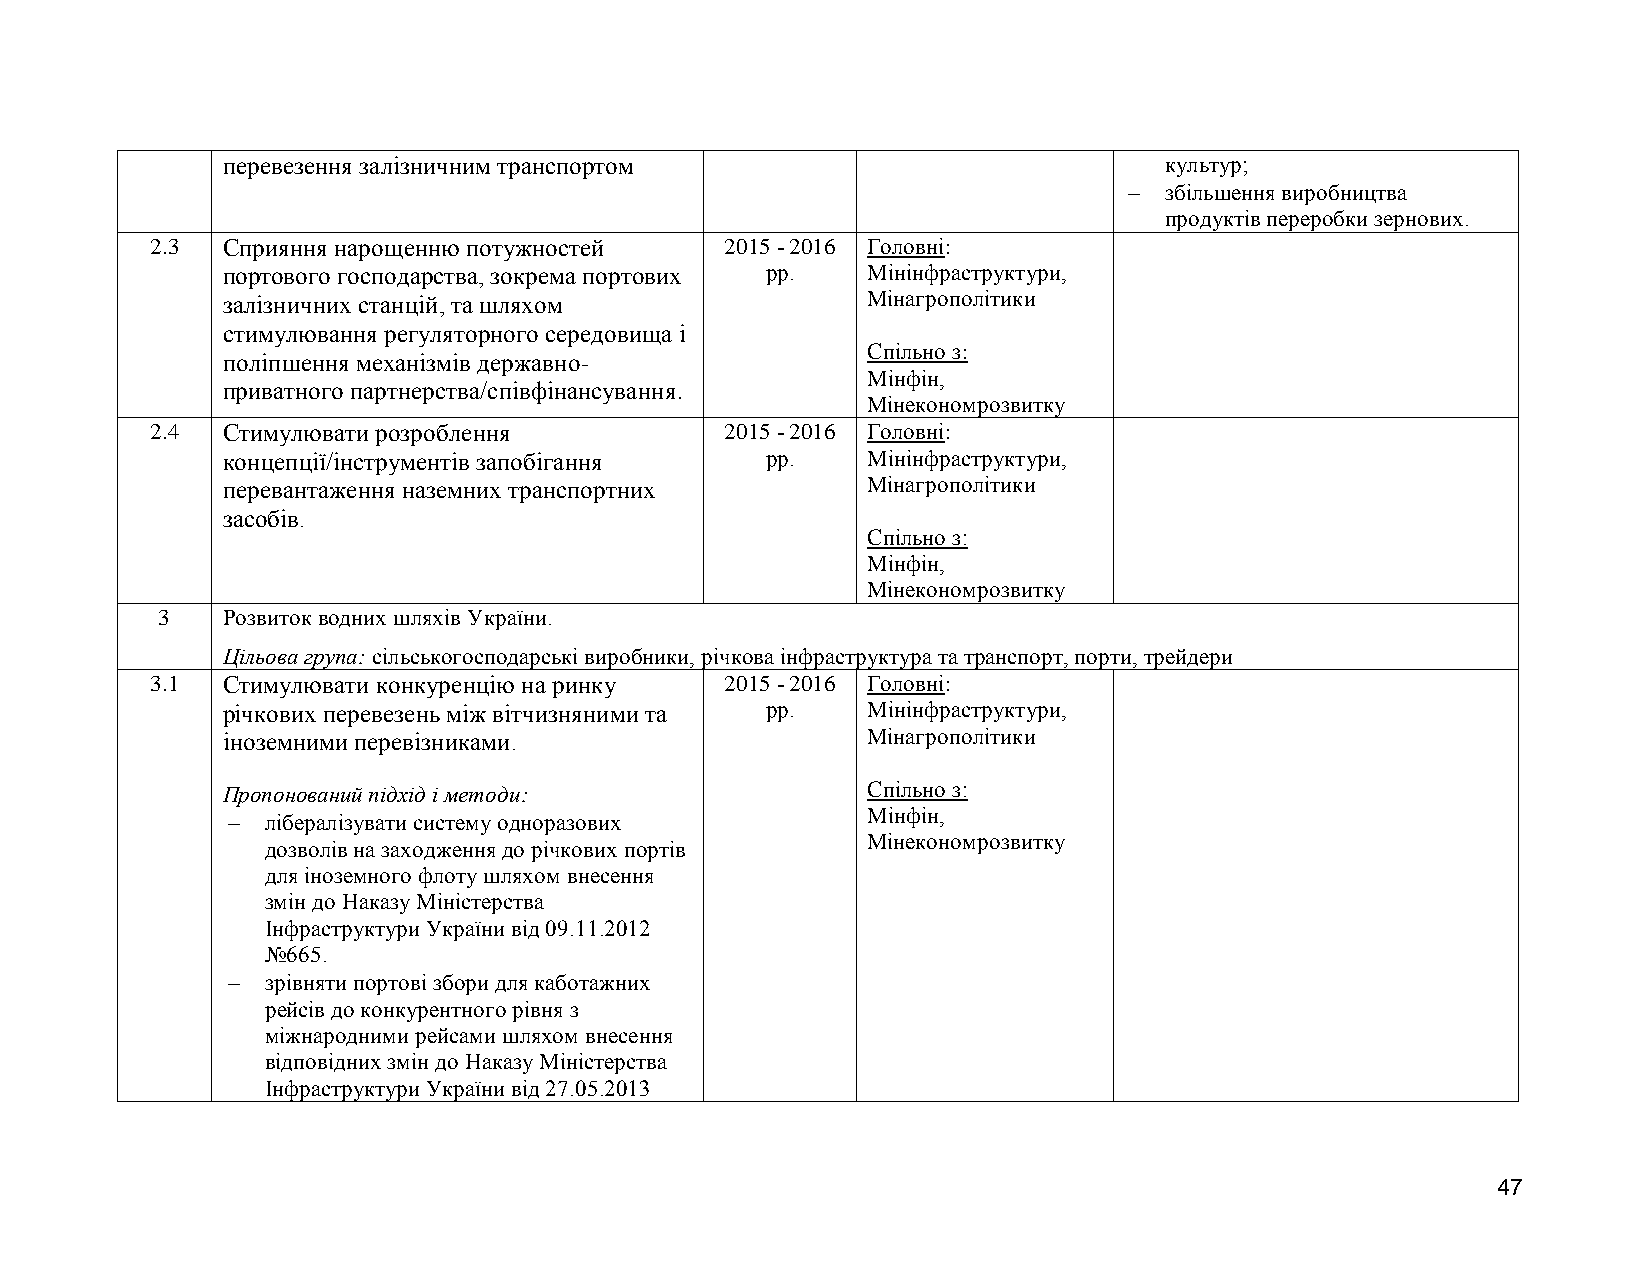
перевезення залізничним транспортом                           культур;
  збільшення виробництва
 продуктів переробки зернових.
 2.3  Сприяння нарощенню потужностей   2015 - 2016 Головні:
 портового господарства, зокрема портових рр. Мінінфраструктури,
 залізничних станцій, та шляхом            Мінагрополітики
 стимулювання регуляторного середовища і
 Спільно з:
 поліпшення механізмів державно-
 Мінфін,
 приватного партнерства/співфінансування.
 Мінекономрозвитку
 2.4  Стимулювати розроблення          2015 - 2016 Головні:
 концепції/інструментів запобігання  рр.   Мінінфраструктури,
 перевантаження наземних транспортних      Мінагрополітики
 засобів.
 Спільно з:
 Мінфін,
 Мінекономрозвитку
 3    Розвиток водних шляхів України.
 Цільова група: сільськогосподарські виробники, річкова інфраструктура та транспорт, порти, трейдери
 3.1  Стимулювати конкуренцію на ринку 2015 - 2016 Головні:
 річкових перевезень між вітчизняними та рр. Мінінфраструктури,
 іноземними перевізниками.                 Мінагрополітики
 Пропонований підхід і методи:             Спільно з:
 Мінфін,
   лібералізувати систему одноразових
 Мінекономрозвитку
 дозволів на заходження до річкових портів
 для іноземного флоту шляхом внесення
 змін до Наказу Міністерства
 Інфраструктури України від 09.11.2012
 №665.
   зрівняти портові збори для каботажних
 рейсів до конкурентного рівня з
 міжнародними рейсами шляхом внесення
 відповідних змін до Наказу Міністерства
 Інфраструктури України від 27.05.2013
 47